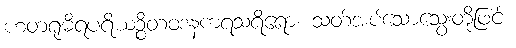
ဟတရုဓိရပရိယဉ္စိတဝဒနကရသရိရော၊ သတ်အပ်သောသွေးတို့ဖြင့်